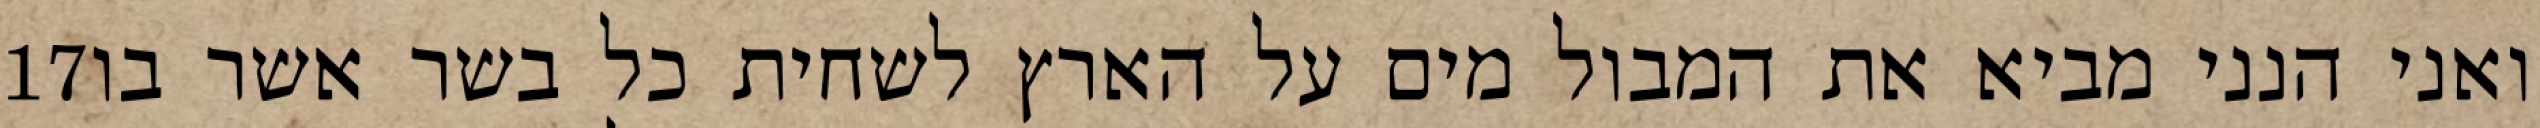
‎17‏ ואני הנני מביא את המבול מים על הארץ לשחית כל בשר אשר בו